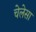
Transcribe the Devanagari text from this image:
चेलेसा